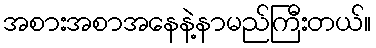
အစားအစာအနေနဲ့နာမည်ကြီးတယ်။